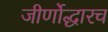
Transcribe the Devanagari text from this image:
जीर्णोद्धारच